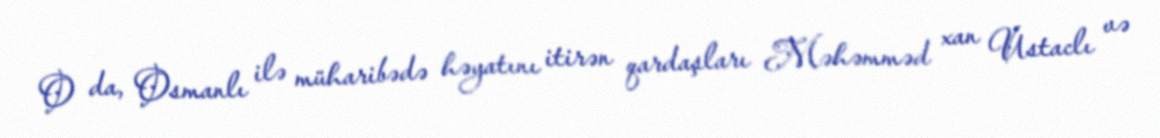
O da, Osmanlı ilə müharibədə həyatını itirən qardaşları Məhəmməd xan Ustaclı və